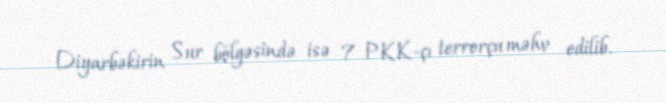
Diyarbəkirin Sur bölgəsində isə 7 PKK-çı terrorçu məhv edilib.